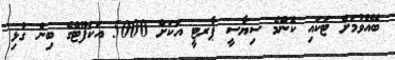
ބޭއްވުމަށް ޓަކައި ކޮންމެ ސިޔާސީ ޕާރޓީ އަކަށް 5000 އަކަފޫޓްގެ ބިން ގުޅި